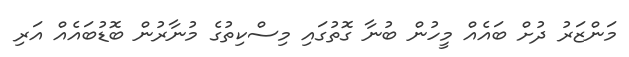
މަންޒަރު ދުށް ބައެއް މީހުން ބުނާ ގޮތުގައި މިސްކިތުގެ މުނާރުން ބޮޑުބައެއް އަރި